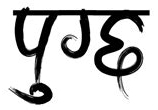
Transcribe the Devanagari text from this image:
पुग्छ